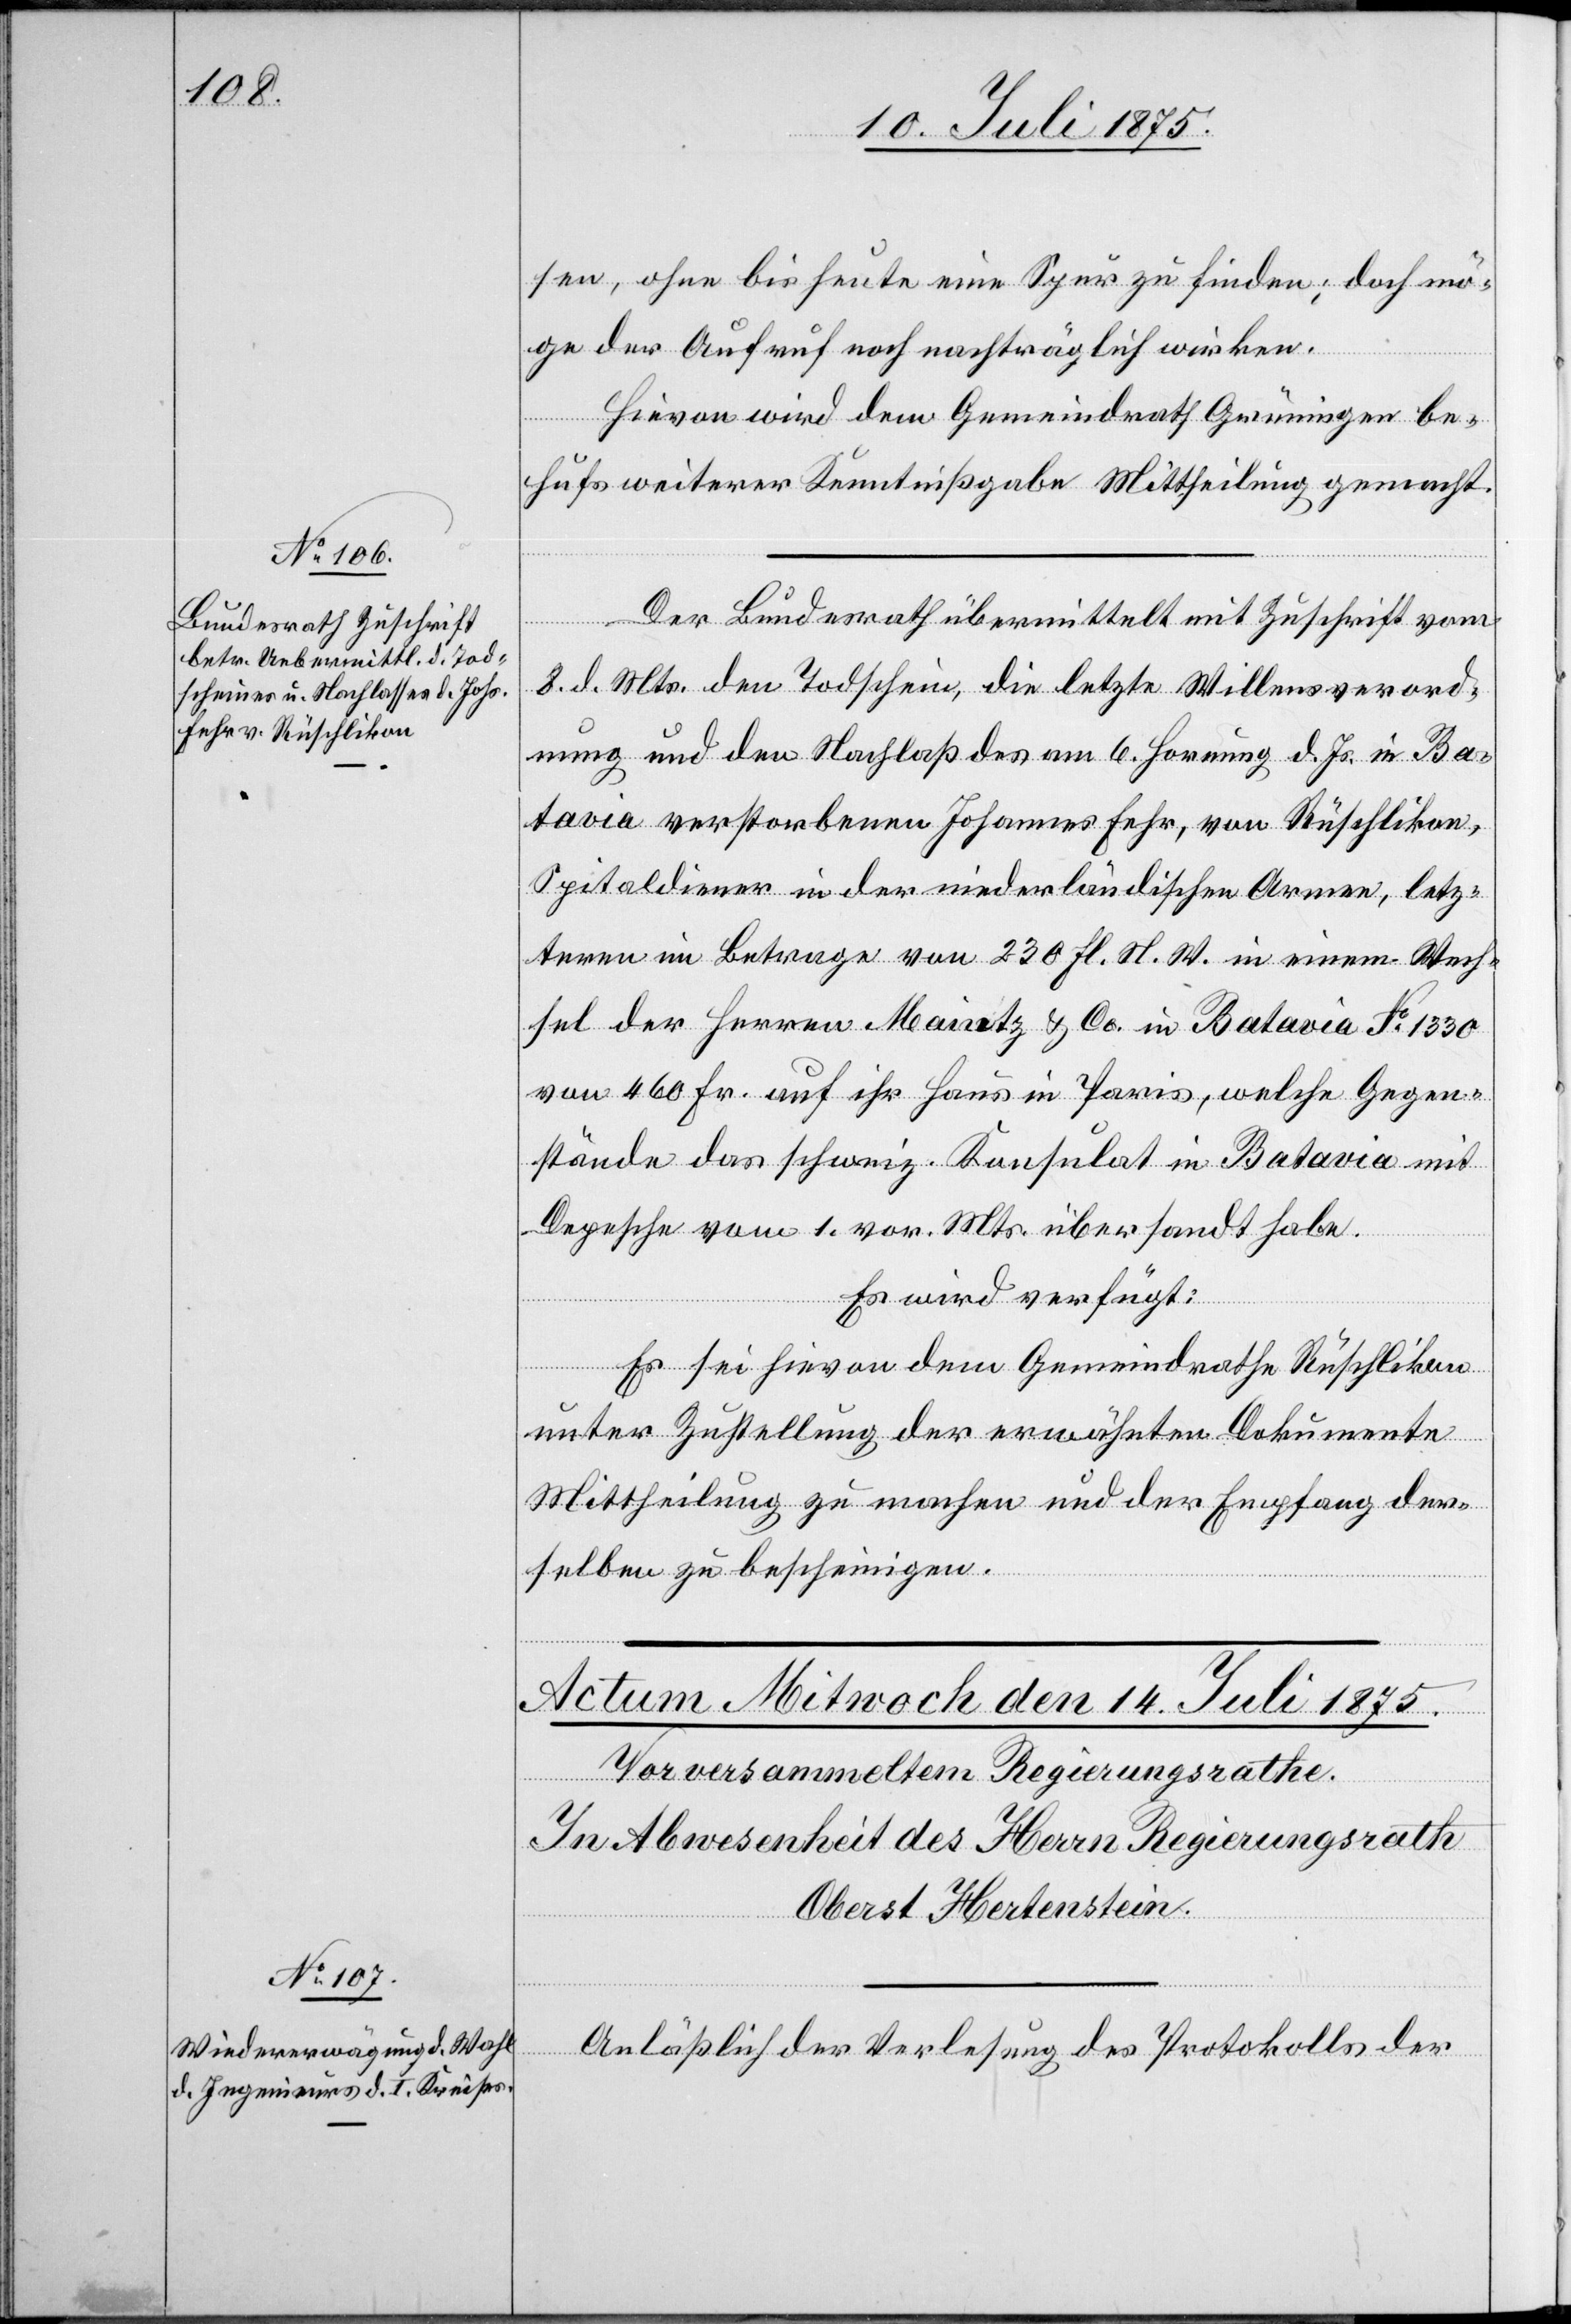
13.

Juli
Der Bundesrath übermittelt mit Zuschrift vom
8. d. Mts. den Todschein, die letzte Willensverord¬
nung und den Nachlaß des am 6. Hornung d. Js. in Ba¬
tavia verstorbenen Johannes Fehr, von Rüschlikon,
Spitaldiener in der niederländischen Armee, letz¬
teren im Betrage von 230 Fl. N. W. in einem Wech¬
sel der Herren Maintz & Co. in Batavia No 1330
von 460 Fr. auf ihr Haus in Paris, welche Gegen¬
stände das schweiz. Konsulat in Batavia mit
Depesche vom. 1. vor. Mts. übersandt habe.
Es wird verfügt:
Es sei hievon dem Gemeindrathe Rüschlikon
unter Zustellung der erwähnten Dokumente
Mittheilung zu machen und der Empfang der¬
selben zu bescheinigen.
Anläßlich der Verlesung des Protokolls der